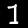
Digit: 1